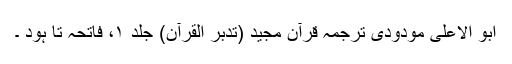
ابو الاعلیٰ مودودی ترجمہ قرآن مجید (تدبر القرآن) جلد ۱، فاتحہ تا ہود ۔